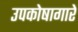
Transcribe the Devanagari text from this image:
उपकोषागारे